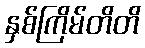
နှစ်ကြိမ်တိတိ